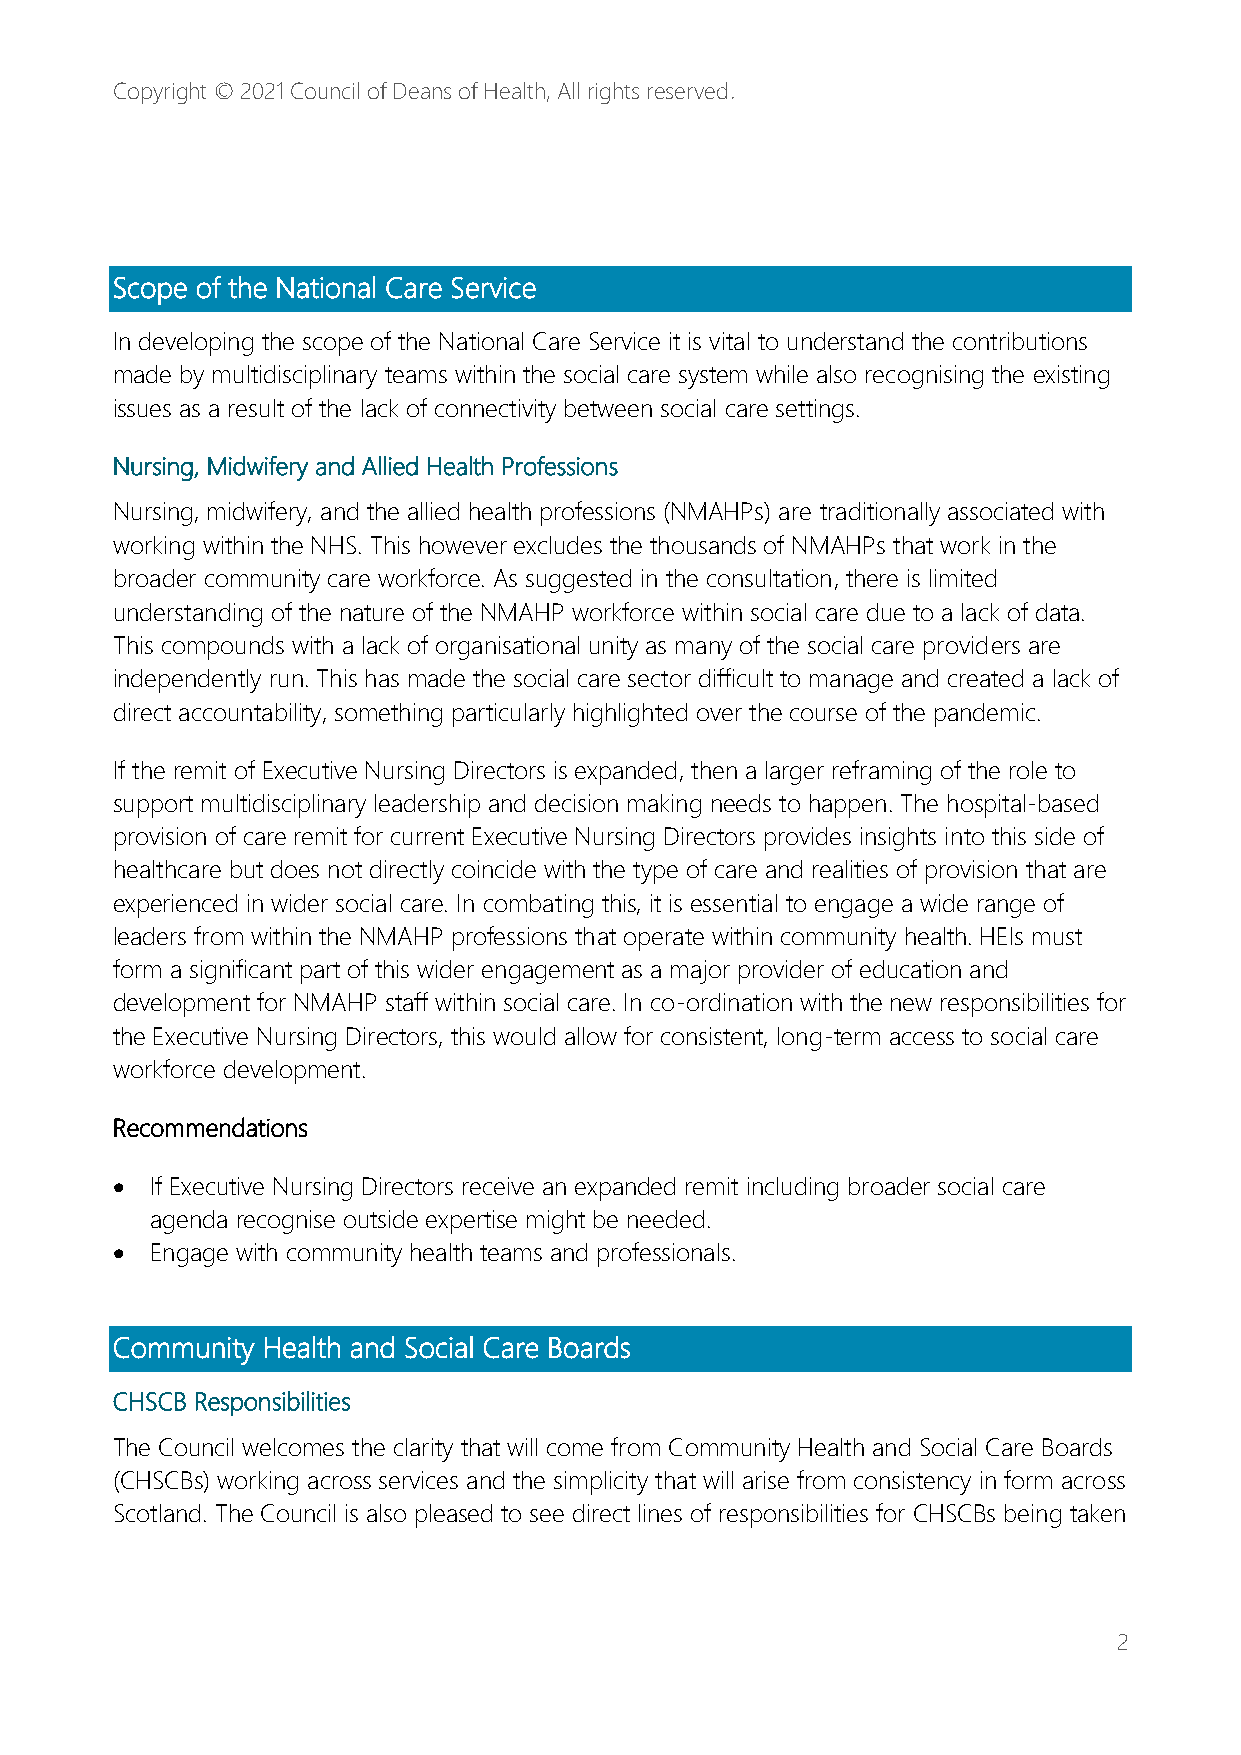
Copyright © 2021 Council of Deans of Health, All rights reserved.
 Scope of the National Care Service
 In developing the scope of the National Care Service it is vital to understand the contributions
 made by multidisciplinary teams within the social care system while also recognising the existing
 issues as a result of the lack of connectivity between social care settings.
 Nursing, Midwifery and Allied Health Professions
 Nursing, midwifery, and the allied health professions (NMAHPs) are traditionally associated with
 working within the NHS. This however excludes the thousands of NMAHPs that work in the
 broader community care workforce. As suggested in the consultation, there is limited
 understanding of the nature of the NMAHP workforce within social care due to a lack of data.
 This compounds with a lack of organisational unity as many of the social care providers are
 independently run. This has made the social care sector difficult to manage and created a lack of
 direct accountability, something particularly highlighted over the course of the pandemic.
 If the remit of Executive Nursing Directors is expanded, then a larger reframing of the role to
 support multidisciplinary leadership and decision making needs to happen. The hospital-based
 provision of care remit for current Executive Nursing Directors provides insights into this side of
 healthcare but does not directly coincide with the type of care and realities of provision that are
 experienced in wider social care. In combating this, it is essential to engage a wide range of
 leaders from within the NMAHP professions that operate within community health. HEIs must
 form a significant part of this wider engagement as a major provider of education and
 development for NMAHP staff within social care. In co-ordination with the new responsibilities for
 the Executive Nursing Directors, this would allow for consistent, long-term access to social care
 workforce development.
 Recommendations
 •  If Executive Nursing Directors receive an expanded remit including broader social care
 agenda recognise outside expertise might be needed.
 •  Engage with community health teams and professionals.
 Community Health and Social Care Boards
 CHSCB Responsibilities
 The Council welcomes the clarity that will come from Community Health and Social Care Boards
 (CHSCBs) working across services and the simplicity that will arise from consistency in form across
 Scotland. The Council is also pleased to see direct lines of responsibilities for CHSCBs being taken
 2